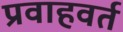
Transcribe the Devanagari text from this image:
प्रवाहवर्त